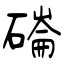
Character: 磮